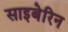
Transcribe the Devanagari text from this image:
साइबेरिन